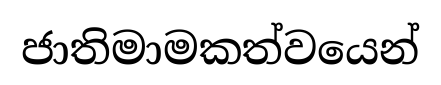
ජාතිමාමකත්වයෙන්